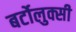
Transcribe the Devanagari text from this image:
बर्टोलुक्सी